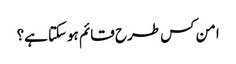
امن کس طرح قائم ہوسکتا ہے؟